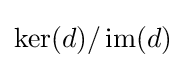
\ker(d)/\operatorname {im} (d)